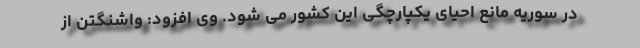
در سوریه مانع احیای یکپارچگی این کشور می شود. وی افزود: واشنگتن از